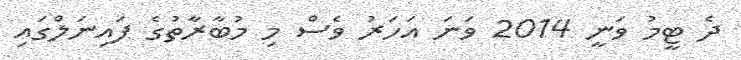
ދެ ޓީމު ވަނީ 2014 ވަނަ އަހަރު ވެސް މި މުބާރާތުގެ ފައިނަލްގައި